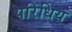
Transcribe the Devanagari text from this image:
परिधिय